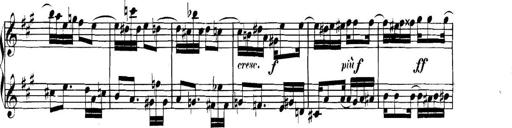
Title: Collected Piano Sonatas
Composer: Muzio Clementi